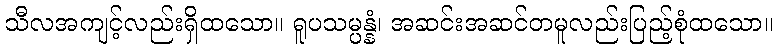
သီလအကျင့်လည်းရှိထသော။ ရူပသမ္ပန္နံ၊ အဆင်းအဆင်တမူလည်းပြည့်စုံထသော။